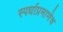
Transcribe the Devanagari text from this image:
स्पर्धाप्रमाणेच